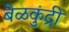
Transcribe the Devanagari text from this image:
बेळकुंद्री